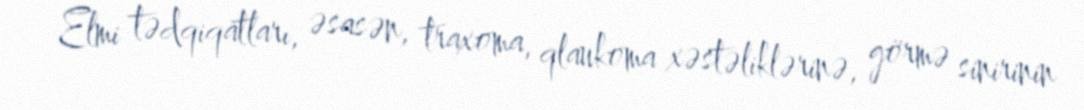
Elmi tədqiqatları, əsasən, traxoma, qlaukoma xəstəliklərinə, görmə sinirinin